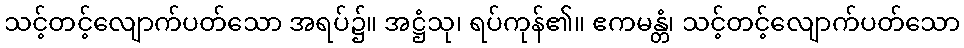
သင့်တင့်လျောက်ပတ်သော အရပ်၌။ အဋ္ဌံသု၊ ရပ်ကုန်၏။ ဧကမန္တံ၊ သင့်တင့်လျောက်ပတ်သော